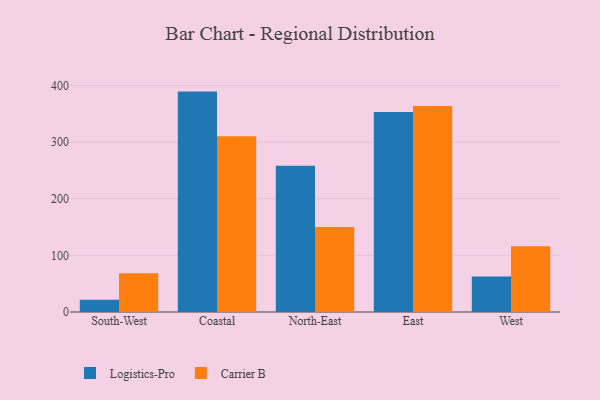
{"axis": {"x": "Region", "y": "Operating Costs (USD K)"}, "legend": ["Carrier B", "Logistics-Pro"], "data": [{"x": "South-West", "y": 21.6, "type": "Logistics-Pro"}, {"x": "South-West", "y": 68.4, "type": "Carrier B"}, {"x": "Coastal", "y": 389.5, "type": "Logistics-Pro"}, {"x": "Coastal", "y": 310.5, "type": "Carrier B"}, {"x": "North-East", "y": 258.4, "type": "Logistics-Pro"}, {"x": "North-East", "y": 150.0, "type": "Carrier B"}, {"x": "East", "y": 353.6, "type": "Logistics-Pro"}, {"x": "East", "y": 364.2, "type": "Carrier B"}, {"x": "West", "y": 62.9, "type": "Logistics-Pro"}, {"x": "West", "y": 116.1, "type": "Carrier B"}]}